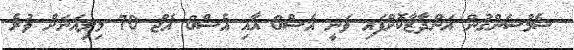
ސެމްސަންގުން އަންދާޒާކޮށްފައި ވަނީ އެސް6 އާއި އެސް6 އެޖް 70 މިލިއަނަށް ވުރެ